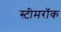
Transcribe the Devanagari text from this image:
स्टीमरॉक